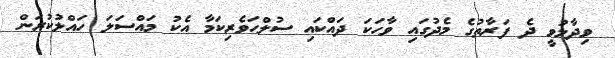
ވިދާޅުވީ ދެ ފަރާތުގެ މެދުގައި ވާހަކަ ދައްކައި ސުލްހަވެރިކަމާ އެކު މައްސަލަ ހައްލުކުރަން